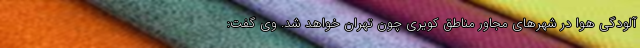
آلودگی هوا در شهرهای مجاور مناطق کویری چون تهران خواهد شد. وی گفت: